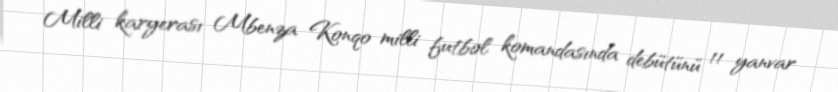
Milli karyerası Mbenza Konqo milli futbol komandasında debütünü 11 yanvar